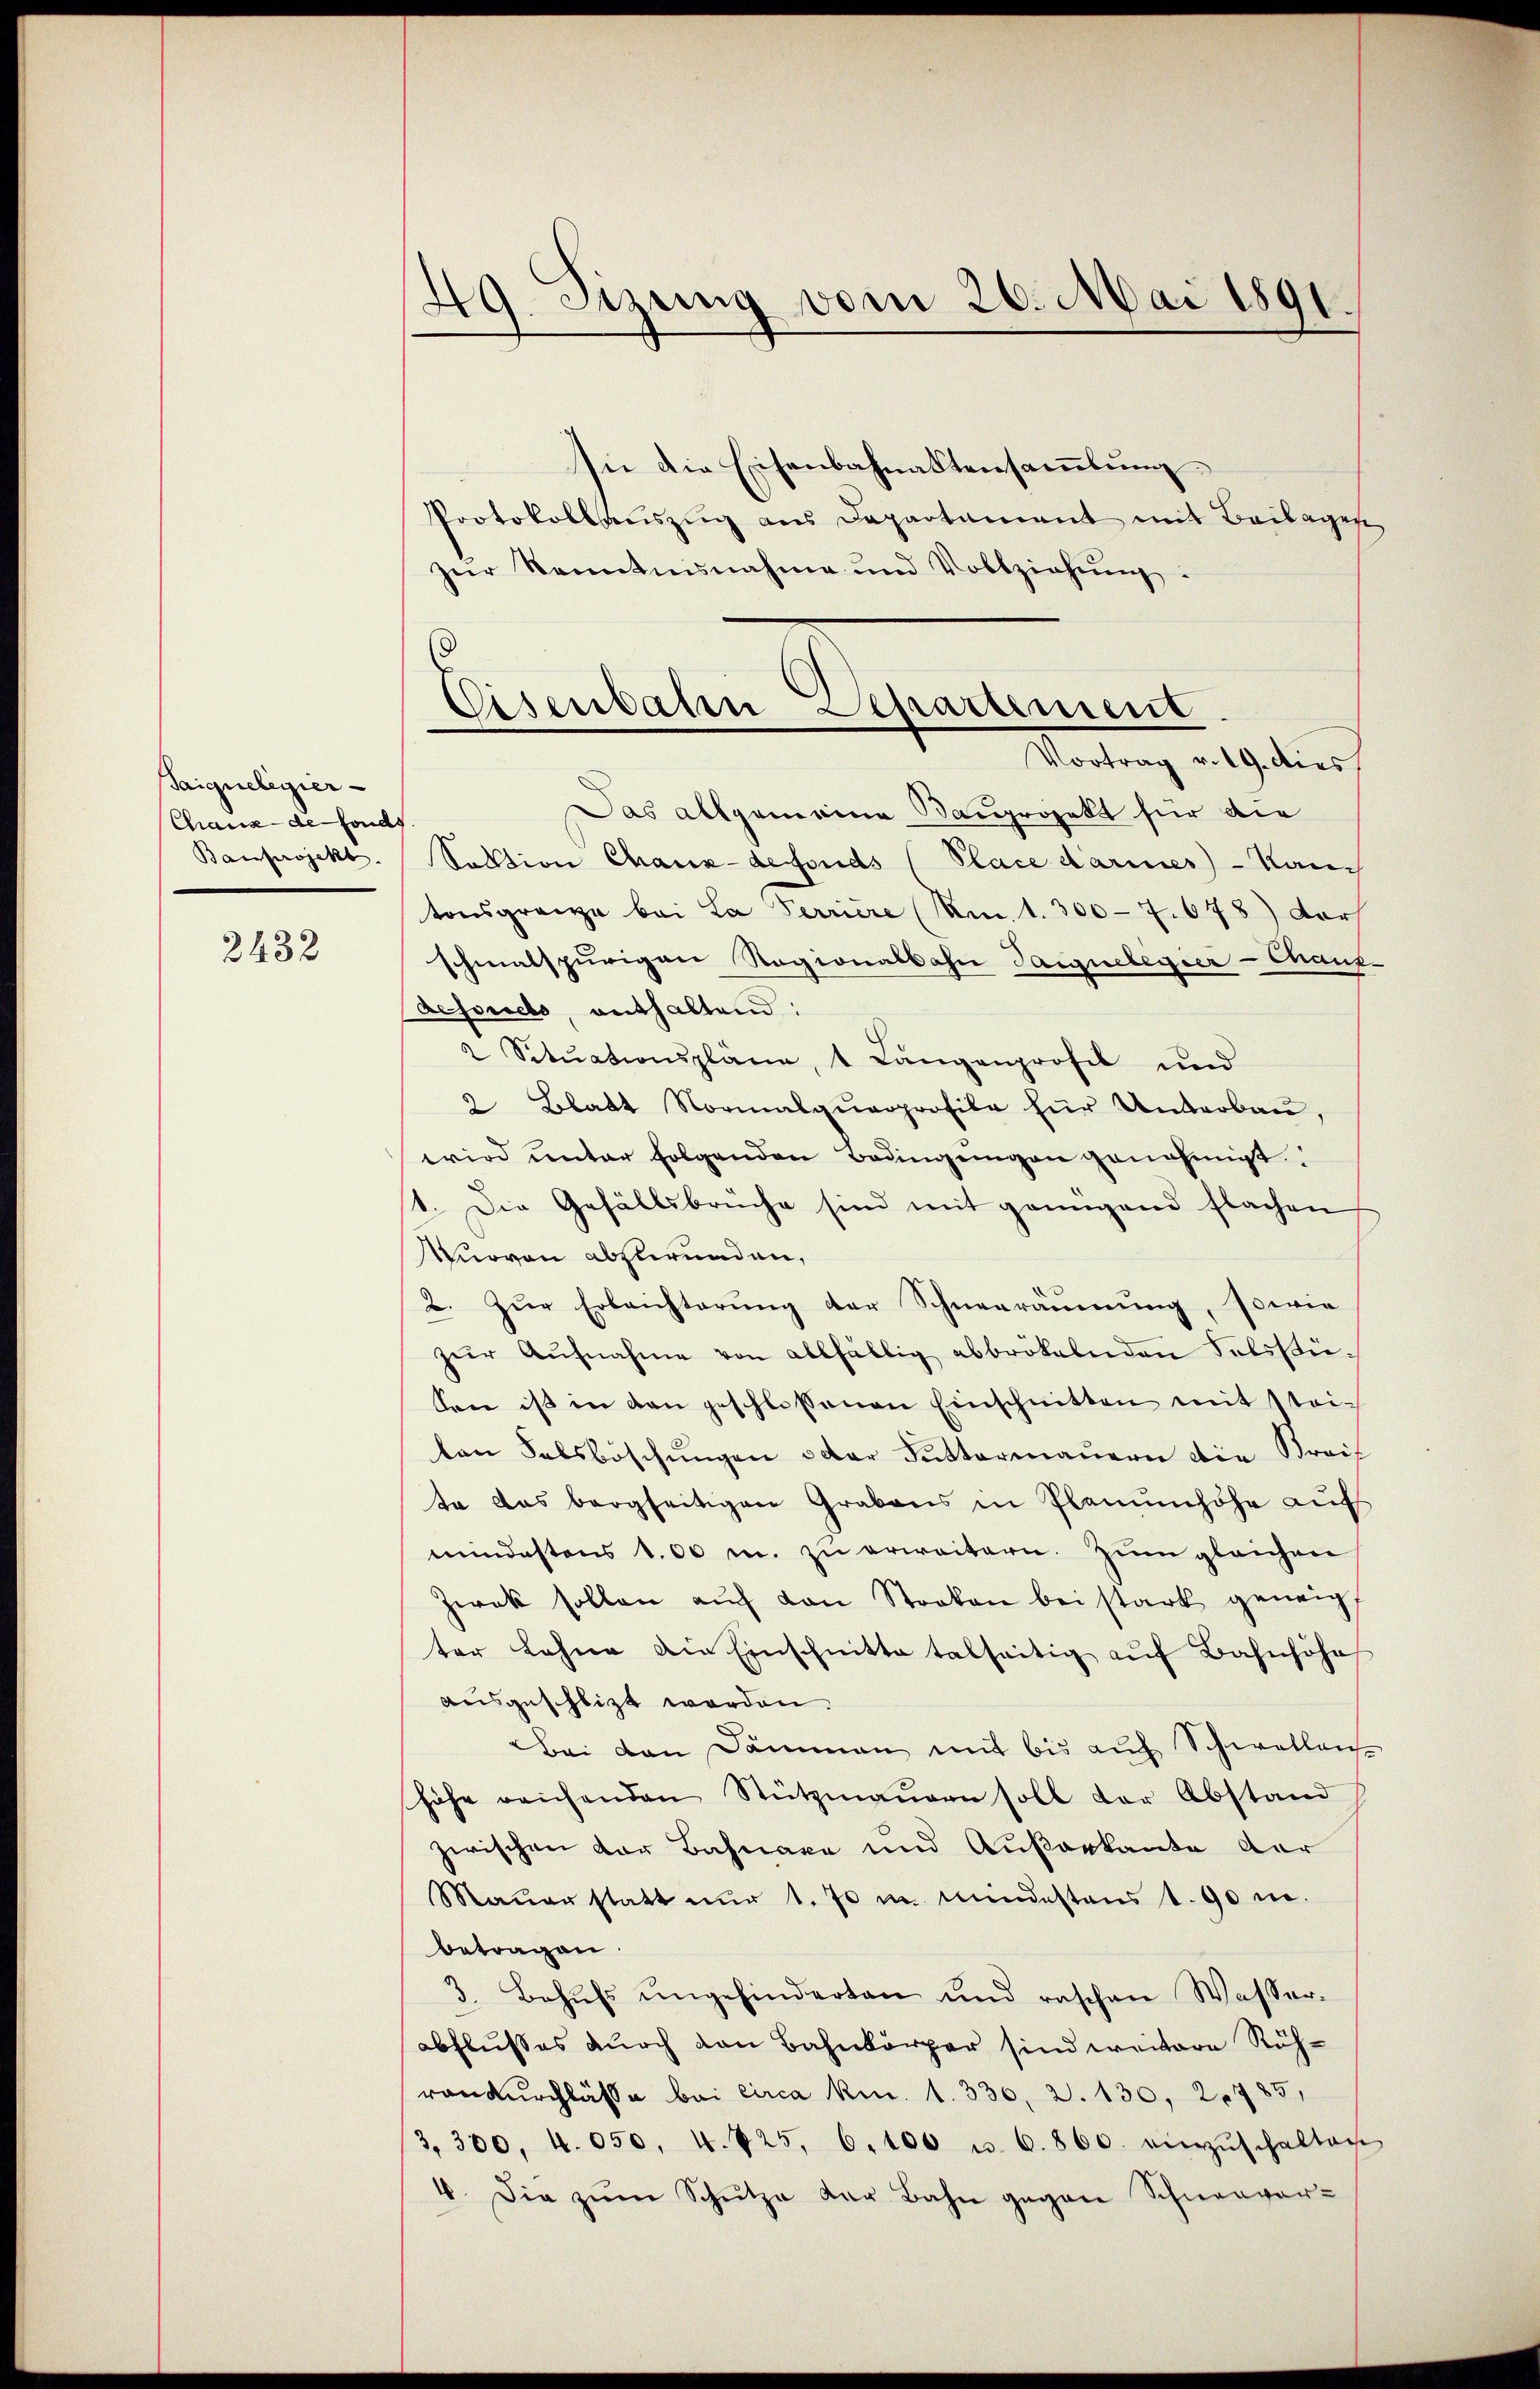
Saignelegier
Chaux-de-Fonds

2432

49. Sizung vom 26. Mai 1891

sie die Eisenbahnaktensammlung
Protokollauszug aus Departament mit Beilagen
zŭr Kenntnisnahme und Vollziehŭng:
(

Eisenbahn Lepartement
Vortrag v. 19. dies

Das allgemeine Bauprojekt für die
Banprojekt. Sektion Chaux-defonds (Place darines - Kan
tonsgrenze bei La Perriere (Am. 1. 300 - 7. 678) Dorf
schmalspurigen Ragionalbahn Taiguelegier-Chaus-
Refordeto, enthaltend:
2 Sitŭationspläne, 1 Längenprofes und
2 Blatt Normalquarprofile für Unterbau,
wird unter folgenden Bedingungen genehmigt.
1. Die Gefällsbrüche sind mit genügend flachen
Nuovon abzurunden,
2. Zur Erleichterung der Schneeräumung, sowie
zŭr Aŭfnahme von allfällig abbrökelnden Felsstüsen ist in den geschlossenen Einschnitten mit Steilan Salsböschungen oder Futtermauern die Streif
te das bergseitigen Grabens in Planumhöhe auf
mindestens 100 m. zu erweitern. Zum gleichen
Zwek sollen aŭf von Streken bei stark geneigt
ter Lohne die Einschnitte talseitig aŭf Bahnhöhe
ausgeschlitt werden.
Bei den Dämmen mit bis auf Schwellens-
höhe reichenden Stützmaŭern soll der Abstand
zwischen Dor Bahnaxe und Ausarkante der
Maŭer statt nŭr 1. 70 m mindestens 1. 90 m.
betragen.
3. Behŭfs ŭngehinderten ŭnd raschen Wasser-
abflusses durch den Bahnkörper sind weitere Röhrandurchlässe bei circa kn. 1. 330, 2. 130, 20785,
3, 300, 4. 050, 4. 725, 6. 100 u. 6. 800. einzŭschalten
4. Die zŭm Schŭtze der Bahn gegen Schneevor-